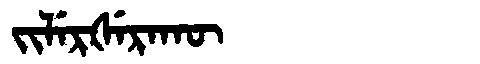
Manchu: ᠵᡳᠯᡝᡵᡧᡝᡵᠠᡴᡡ
Romanization: JILERŠERAKŪ